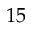
1 5